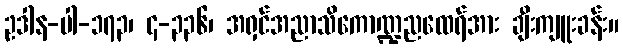
ဥဒါန-ပါ-၁၇၃၊ ၄-၃၃၆၊ အရှင်အညာသိကောဏ္ဍညထေရ်အား ချီးကျူးခန်း။